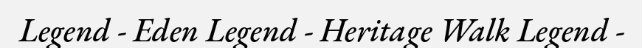
Legend - Eden Legend - Heritage Walk Legend -